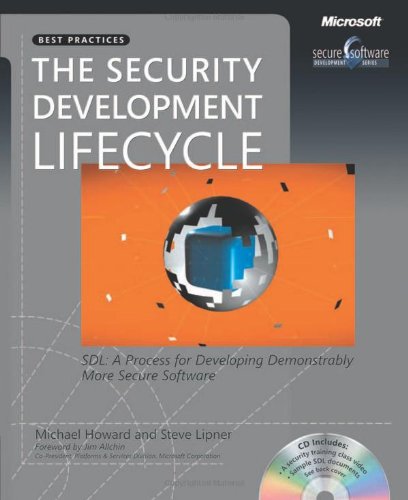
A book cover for The Security Development Lifecycle: SDL: A Process for Developing Demonstrably More Secure Software (Developer Best Practices); Michael Howard; Computers & Technology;